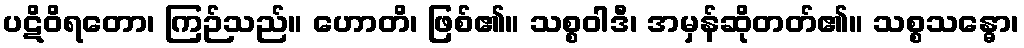
ပဋိဝိရတော၊ ကြဉ်သည်။ ဟောတိ၊ ဖြစ်၏။ သစ္စဝါဒီ၊ အမှန်ဆိုတတ်၏။ သစ္စသန္ဓော၊